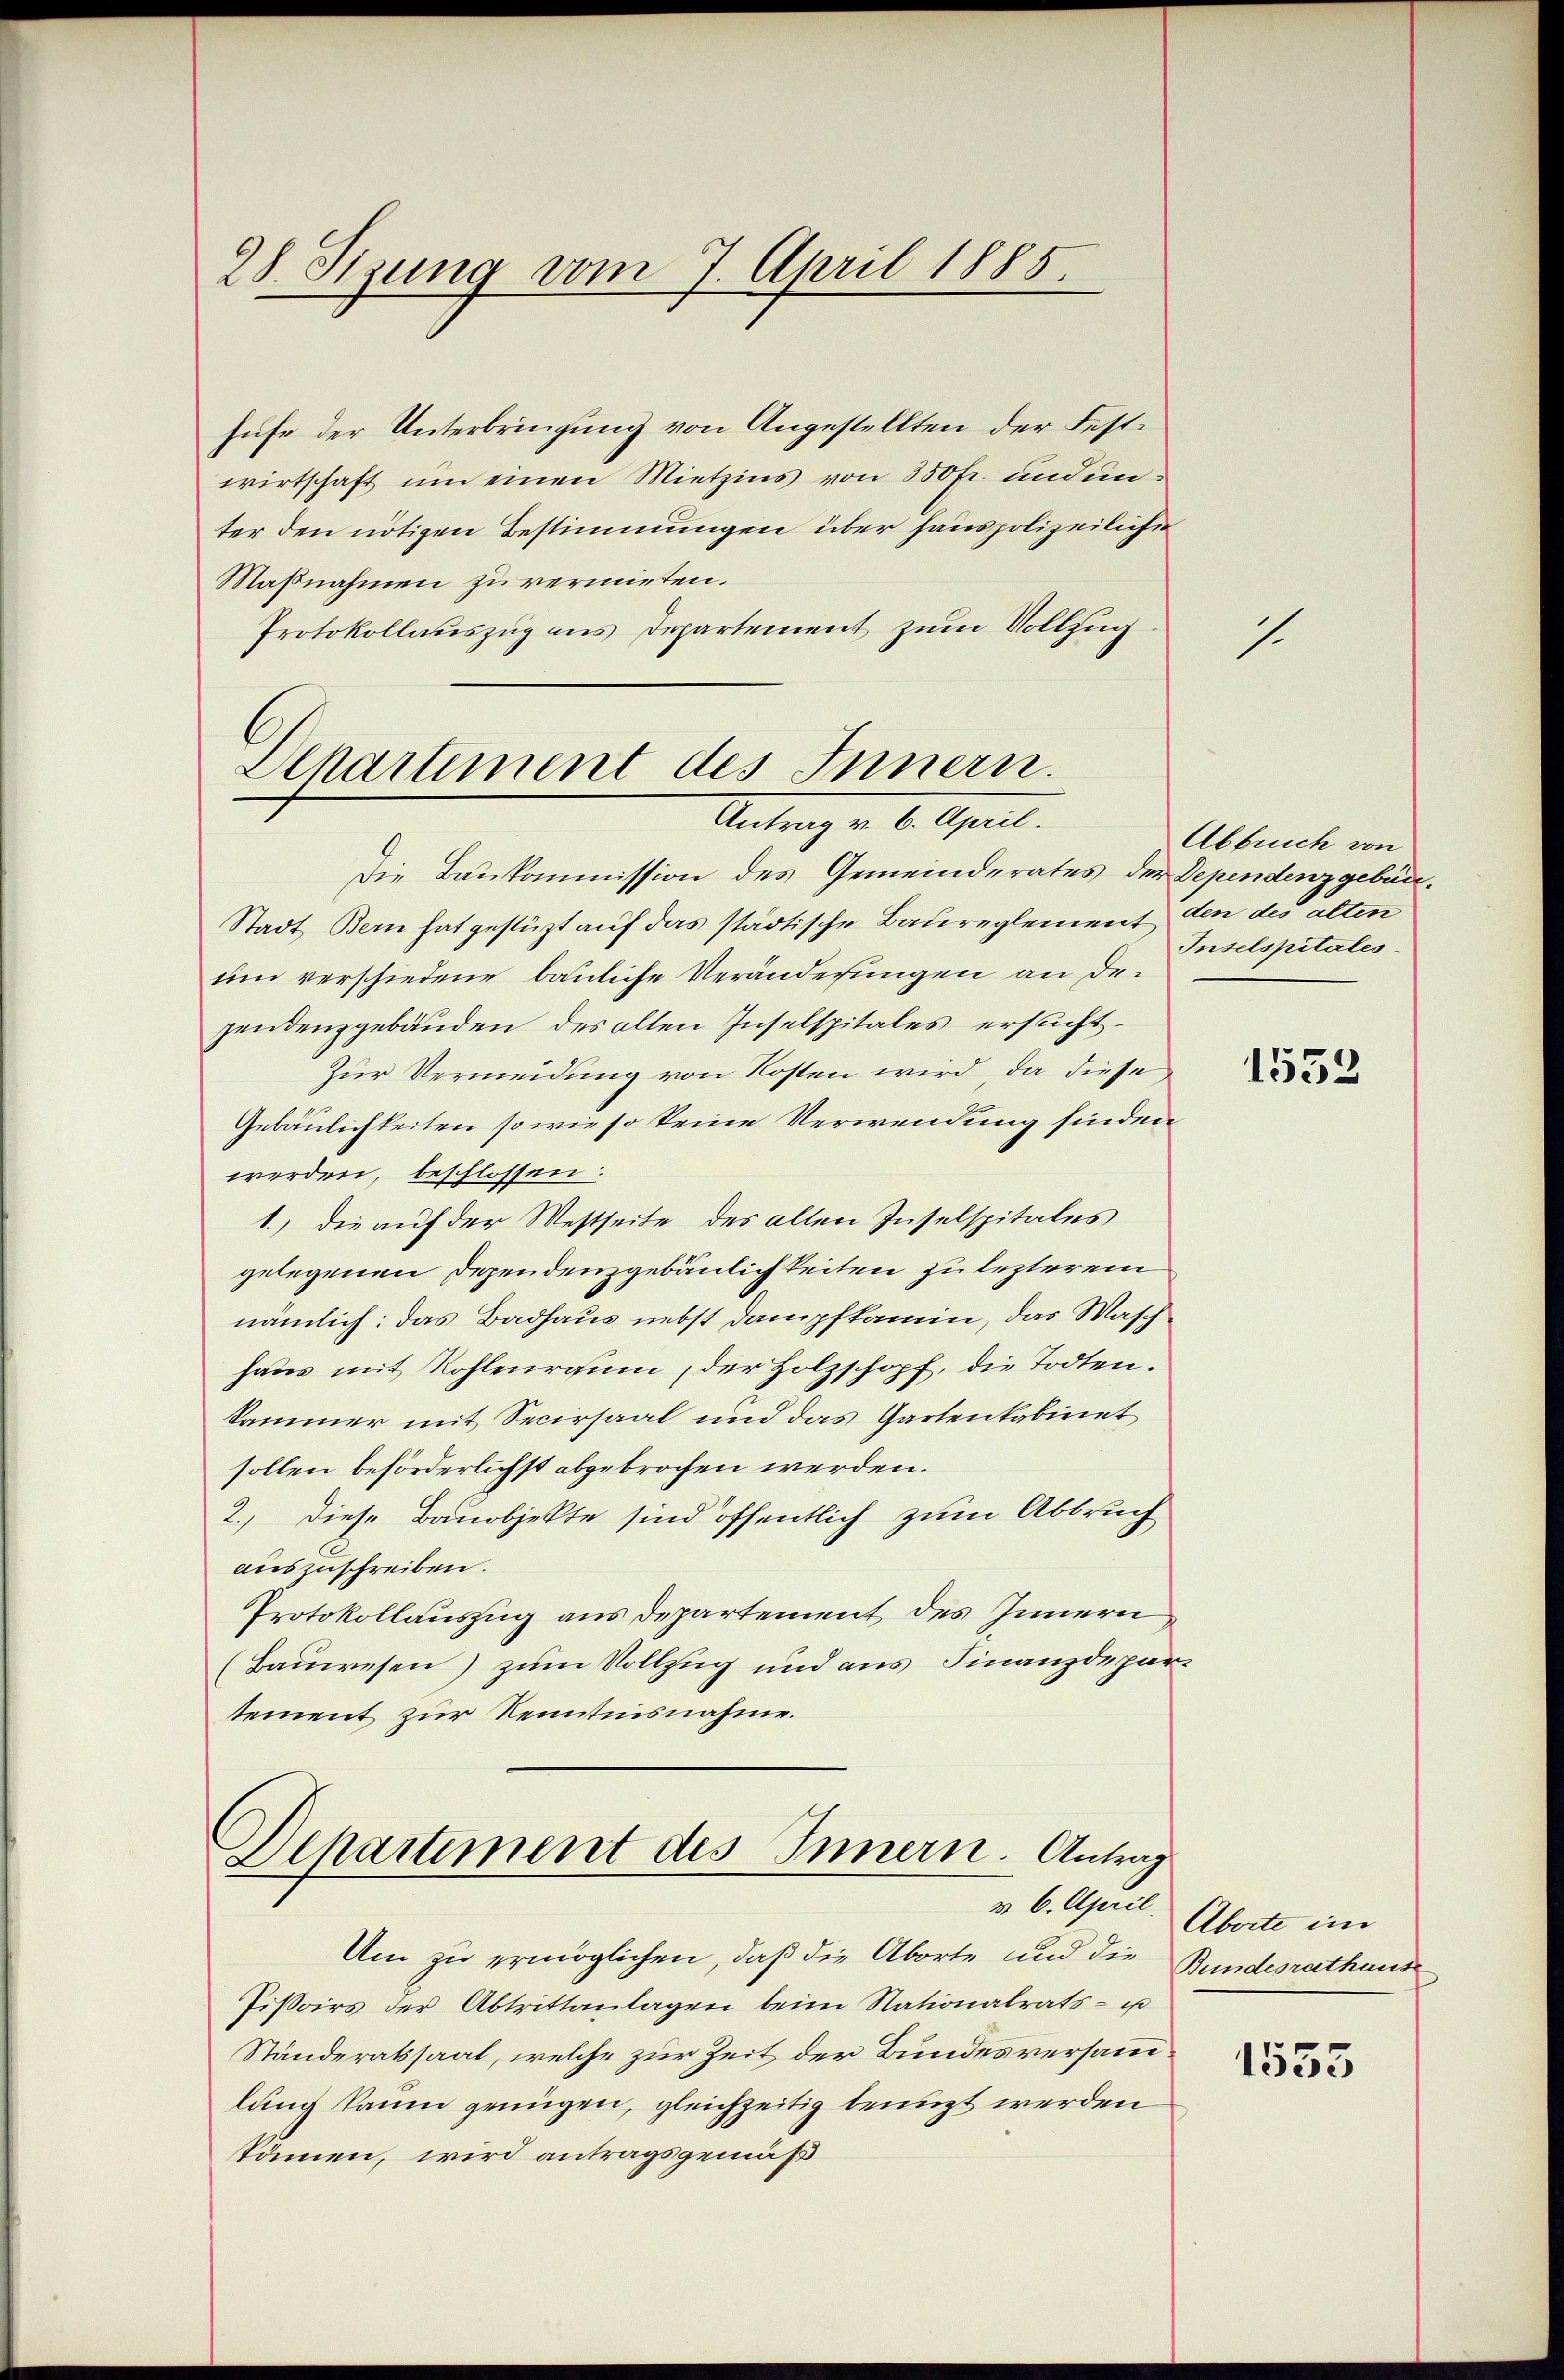
28. Stzung vom 7. April 1885

hufe der Unterbringung von Angestellten der Festwirtschaft um einen Mietzins von 350 fr. und unter den nötigen Bestimmungen über hauspolizeilichen
Maßnahmen zu vermieten.
Protokollauszug aus Departement zum Vollzug.

Departement des Innern.
Antragen 6. April.

Die Baukommission des Gemeinderates der Dependenz gebür¬
Stadt Bern hat gestützt auf das städtische Baureglement den des alten
um verschiedene bauliche Veränderungen an dezendenzgebäuden des alten Inselspitales ersucht.
Zur Vermeidung von Kosten wird, da diese
Gebäulichkeiten so wie so keine Verwendung finden
werden, beschlossen:
1.) die auf der Westseite des alten Inselspitales
gelegenen Dependenzgebäulichkeiten zu lezterem
nämlich: das Badhaus nebst Dampfkamin, das Maschhaus mit Rohlenraum, der Holzschopf, die Todten.
kammer mit Secirsaal und das Gartenkabinet
sollen beförderlichst abgebrochen werden.
2.) Diese Bauobjekte sind öffentlich zum Abbruch
auszuschreiben.
Protokollauszug aus Departement des Innern,
(Bauwesen) zum Vollzug und aus Finanzdepartement zur Kenntnisnahme.

Departement des Innern. Antrag
v. 6. April.

Um zu ermöglichen, daß die Aborte und die Bundesrathause
Pißoirs der Abtrittanlagen beim Nationalrats- u
Ständeratssaal, welche zur Zeit der Bundesversammlung kaum genügen, gleichzeitig benuzt werden
können, wird antragsgemäß

.

Abbruch von
Inselspitales.

1553

Aberte im

1553